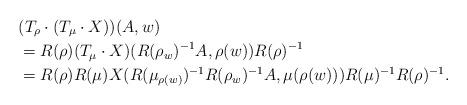
LaTeX: \begin{align*}&(T_{\rho}\cdot(T_{\mu}\cdot X))(A,w) \\&=R(\rho)(T_{\mu}\cdot X)(R(\rho_{w})^{-1}A,\rho(w))R(\rho)^{-1} \\&=R(\rho)R(\mu)X(R(\mu_{\rho(w)})^{-1}R(\rho_{w})^{-1}A,\mu(\rho(w)))R(\mu)^{-1}R(\rho)^{-1}.\end{align*}